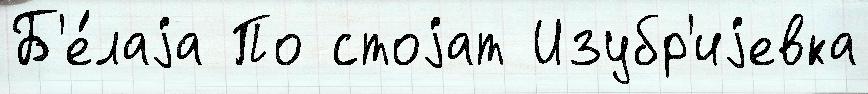
Б'е́лаjа По стоjат Изубр'иjевка